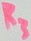
Text: RC